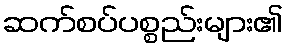
ဆက်စပ်ပစ္စည်းများ၏